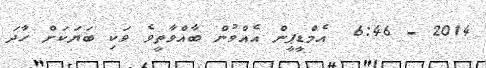
2014 - 6:46  އެމްޑީޕީން އެއްވުން ބާއްވާތީވެ ވަކި ބަޔަކަށް ހާދަ